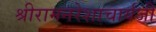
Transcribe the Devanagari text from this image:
श्रीरामनरेशाचार्यजी